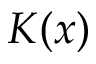
K ( x )